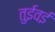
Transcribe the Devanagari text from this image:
तुईवई